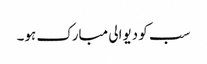
سب کو دیوالی مبارک ہو۔